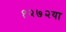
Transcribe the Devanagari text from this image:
१२७२या